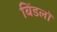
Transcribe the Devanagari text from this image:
बिंडलॉ